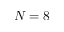
N = 8